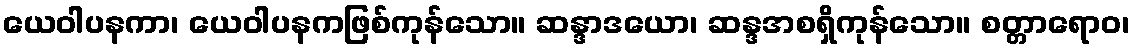
ယေဝါပနကာ၊ ယေဝါပနကဖြစ်ကုန်သော။ ဆန္ဒာဒယော၊ ဆန္ဒအစရှိကုန်သော။ စတ္တာရောဝ၊